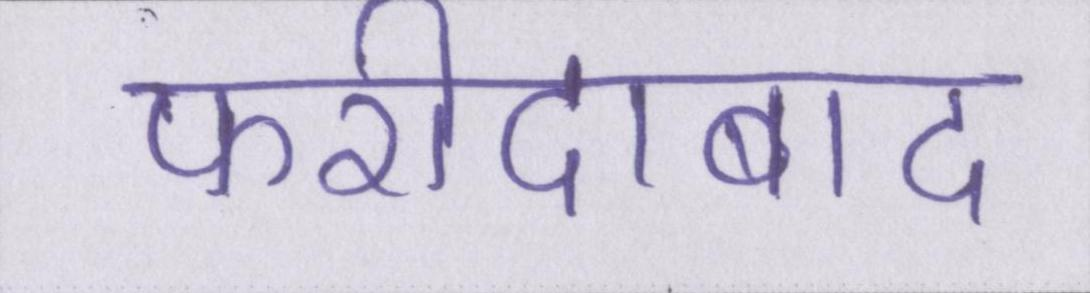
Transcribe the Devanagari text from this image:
फरीदाबाद